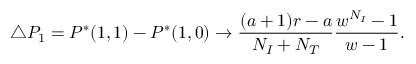
\triangle P _ { 1 } = P ^ { * } ( 1 , 1 ) - P ^ { * } ( 1 , 0 ) \rightarrow \frac { ( a + 1 ) r - a } { N _ { I } + N _ { T } } \frac { w ^ { N _ { I } } - 1 } { w - 1 } .